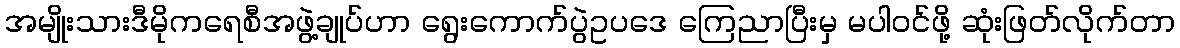
အမျိုးသားဒီမိုကရေစီအဖွဲ့ချုပ်ဟာ ရွေးကောက်ပွဲဥပဒေ ကြေညာပြီးမှ မပါဝင်ဖို့ ဆုံးဖြတ်လိုက်တာ